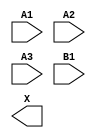
module sky130_fd_sc_lp__a31o (
    //# {{data|Data Signals}}
    input  A1,
    input  A2,
    input  A3,
    input  B1,
    output X
);

    // Voltage supply signals
    supply1 VPWR;
    supply0 VGND;
    supply1 VPB ;
    supply0 VNB ;

endmodule